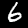
Digit: 6